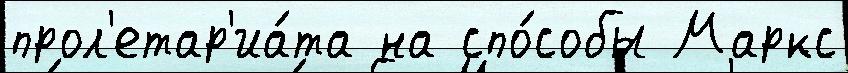
прол'етар'иа́та на спо́собы Маркс